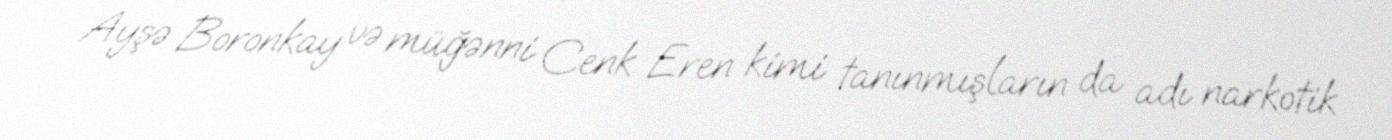
Ayşə Boronkay və müğənni Cenk Eren kimi tanınmışların da adı narkotik